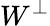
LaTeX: W^{\perp}